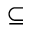
\subseteq